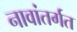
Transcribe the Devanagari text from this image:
नावांतर्गत